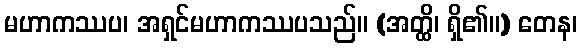
မဟာကဿပ၊ အရှင်မဟာကဿပသည်။ (အတ္ထိ၊ ရှိ၏။) တေန၊